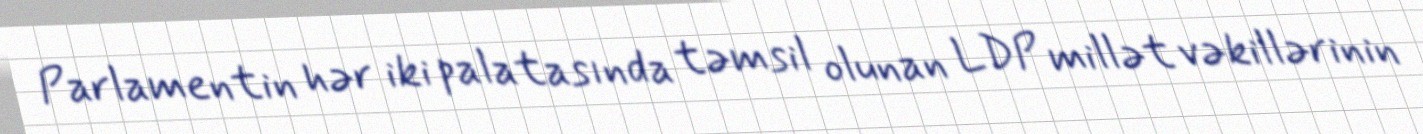
Parlamentin hər iki palatasında təmsil olunan LDP millət vəkillərinin